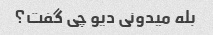
بله میدونی دیو چی گفت؟